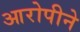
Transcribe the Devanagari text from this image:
आरोपीने